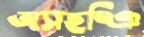
অসহষ্ঞি